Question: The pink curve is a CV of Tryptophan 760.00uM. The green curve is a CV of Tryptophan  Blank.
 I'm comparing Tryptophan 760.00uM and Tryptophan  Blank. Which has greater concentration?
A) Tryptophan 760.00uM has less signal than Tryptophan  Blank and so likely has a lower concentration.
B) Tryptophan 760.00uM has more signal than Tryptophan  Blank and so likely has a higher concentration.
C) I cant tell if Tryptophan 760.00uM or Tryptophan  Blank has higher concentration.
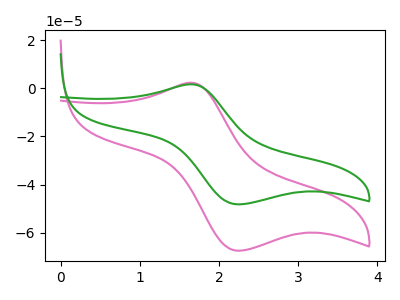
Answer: <think>The pink curve "Tryptophan 760.00uM" has an anodic peak at (1.65V, 2.25uA) and a cathodic peak at (2.25V, -67.45uA). The green curve "Tryptophan  Blank" has an anodic peak at (1.65V, 1.60uA) and a cathodic peak at (2.25V, -48.20uA).
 All the peaks in "Tryptophan 760.00uM" have a peak in "Tryptophan  Blank" at the same potential. Every peak in "Tryptophan 760.00uM" is higher than every peak in "Tryptophan  Blank".</think>
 <answer>B) "Tryptophan 760.00uM" has more signal than "Tryptophan  Blank" and so likely has a higher concentration.</answer>
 <eval>B</eval>